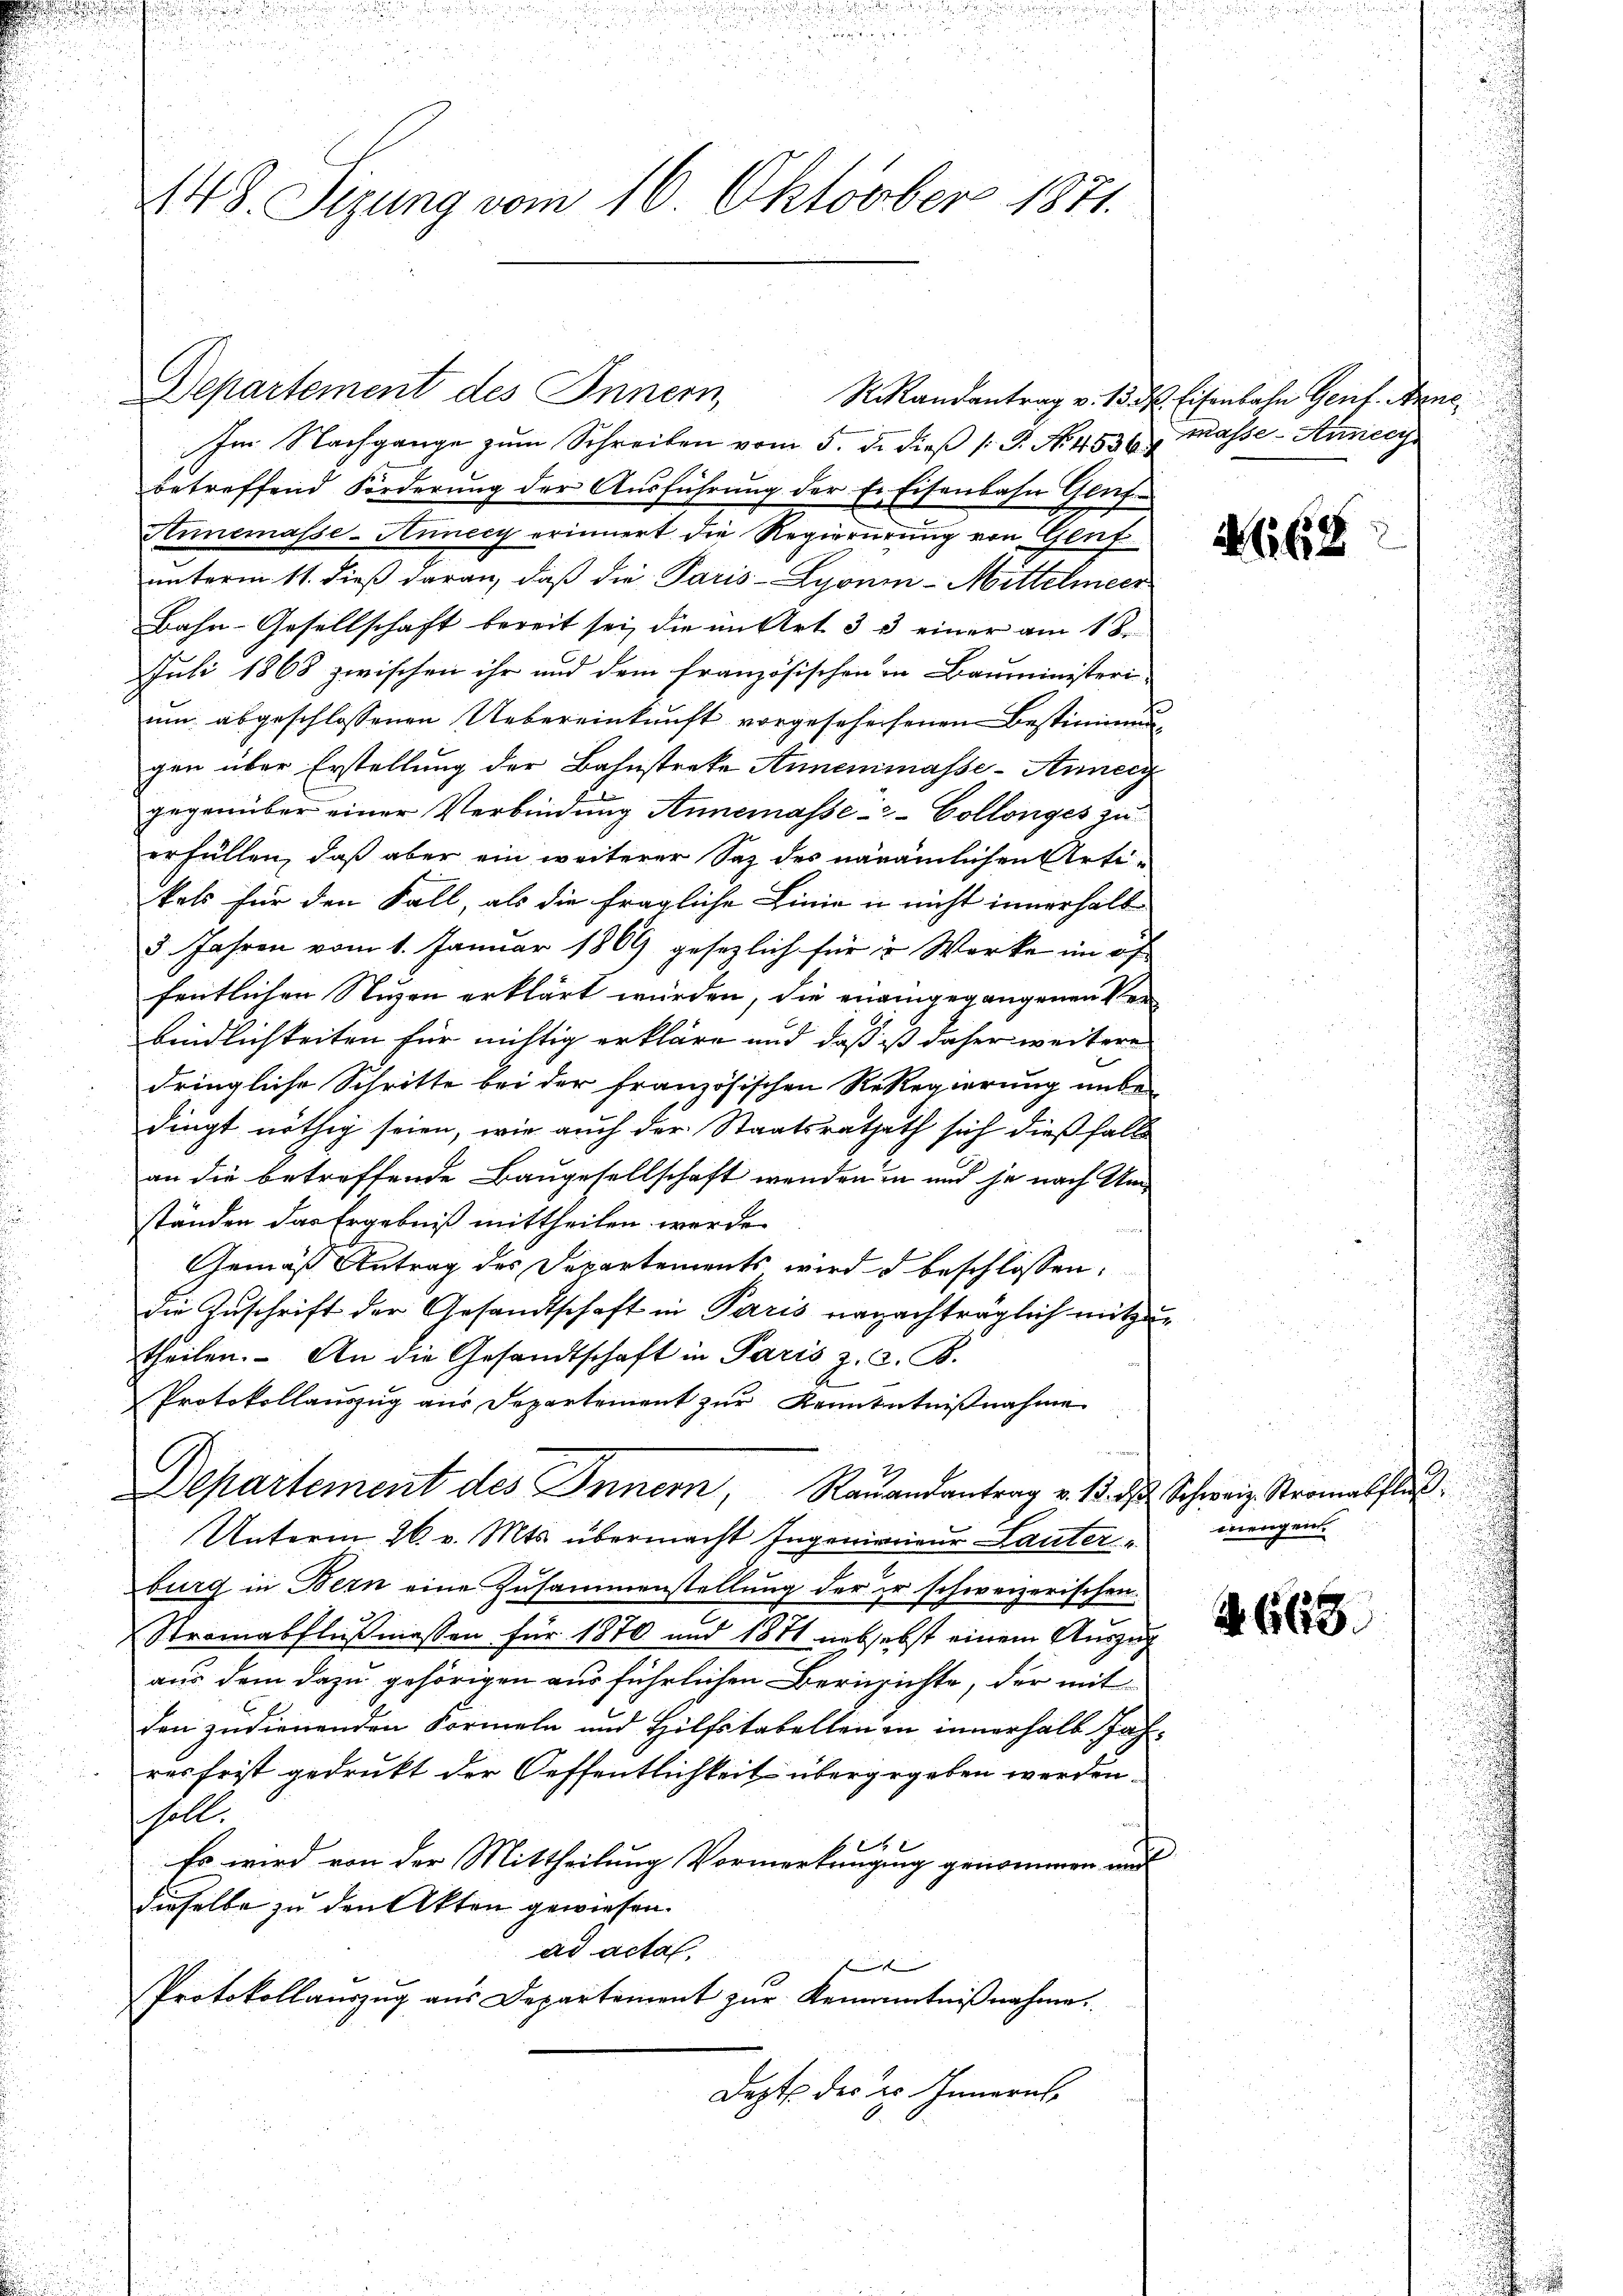
148. Sizung vom 16. Oktober 1871.

Departement des Innern,

Im Nachgange zŭm Schreiben vom 5. d. dieβ (: P. Nr. 4530 masse - Annec
betreffend Förderung der Ausführung der Fr. Eisenbahn Genf¬
Annemasse-Hunecy erinnert die Regierurung von Gluf
unterm 11. dieß daran, daß die Paris-Lyonin-Mittelmeer
Bahn-Gesellschaft bereit sei, die im Art. 3 3 einer am 18.
Juli 1868 zwischen ihr und dem französischen in Bauministeri-
um abgeschlossenen Uebereinkunft vorgesehensenen Bestimmung
gen über Erstellung der Bahnstreke Annemmasse-Anneig
gegenüber einer Verbindung Annemasses Collonges zu
erfüllen, daß aber ein weiterer Saz des nänämlichen Arti-
kals für den Fall, als die fragliche Linie u nicht innerhalb
5 Jahren vom 1. Januar 1869 gesezlich für in Werke im of
fentlichen Nuzen erklärt würden, die eineingegangenen Verbindlichkeiten für nichtig erkläre und daß ist daher weitere
dringliche Schritte bei der französischen ReRegierung unbe-
dingt nöthig seien, wie auch der Staatsrathet sich dießfalls
an die betreffende Baugesellschaft wenden in und je nach Umständen das Ergebniß mittheilen werde.
Gemäß Antrag des Departements wird d beschlossen:
die Zuschrift der Gesandtschaft in Paris ranachträglich mitzutheilen. An die Gesandtschaft in Paris z. Z. B.
Protokollauszug aus Departement zŭr Kenntniβnahme
Departement des Innern, Rauandantrag v. 15. d. Schweiz Stromalfluß
Unterm 26. v. Mts. übermacht Ingenienieur Lauter
burg in Bern eine Zusammenstellung der er schweizerischen
Stromabflußmassen für 1870 und 1871 aubsebst einem Auszug
aus dem dazu gehörigen aus führlichen Bernsichte, der mit
den zudienenden Formeln und Hilfstabellen in innerhalb Jahresfrist gedrukt der Oeffentlichkeit übergegeben werden.
soll.
6
.
Es wird von der Mittheilung Vormerkungung genommen und
dieselbe zu den Akten gewiesen.
ad acta.
e
Protokollauszug aus Departement zur Kenntnißnahme.
Depts des des Innern,

Randantrag v. 13. d. Eisenbahn Genf. Anne¬

668

mengen.

Z. 668.